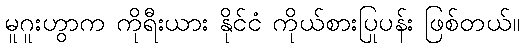
မူဂူးဟွာက ကိုရီးယား နိုင်ငံ ကိုယ်စားပြုပန်း ဖြစ်တယ်။